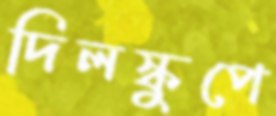
দিলস্কুপে